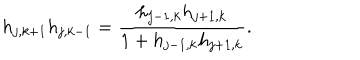
h _ { j , k + 1 } h _ { j , k - 1 } = \frac { h _ { j - 1 , k } h _ { j + 1 , k } } { 1 + h _ { j - 1 , k } h _ { j + 1 , k } } .